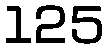
125